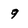
Character: 9